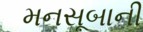
મનસૂબાની